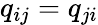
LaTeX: q_{ij}=q_{ji}